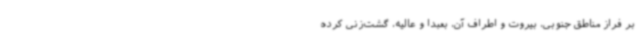
بر فراز مناطق جنوبی، بیروت و اطراف آن، بعبدا و عالیه، گشت‌زنی کرده